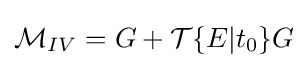
{\mathcal {M}}_{IV}=G+{\mathcal {T}}\{E|t_{0}\}G